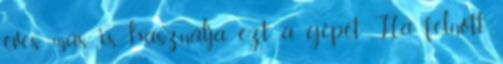
éves más is használja ezt a gépet Ha felnőtt